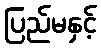
ပြည်မနှင့်